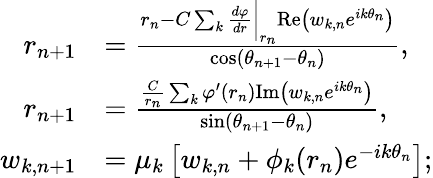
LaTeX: \begin{array}{rl}{r_{n+1}}&{=\frac{r_{n}-C\sum_{k}\frac{d\varphi}{dr}\bigg|_{r_{n}}\mathrm{Re}\left(w_{k,n}e^{ik\theta_{n}}\right)}{\cos(\theta_{n+1}-\theta_{n})},}\\ {r_{n+1}}&{=\frac{\frac{C}{r_{n}}\sum_{k}\varphi^{\prime}(r_{n})\mathrm{Im}\left(w_{k,n}e^{ik\theta_{n}}\right)}{\sin(\theta_{n+1}-\theta_{n})},}\\ {w_{k,n+1}}&{=\mu_{k}\left[w_{k,n}+\phi_{k}(r_{n})e^{-ik\theta_{n}}\right];}\end{array}